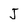
Character: J